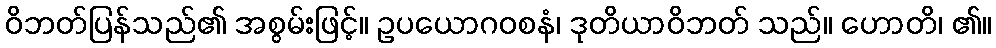
ဝိဘတ်ပြန်သည်၏ အစွမ်းဖြင့်။ ဥပယောဂဝစနံ၊ ဒုတိယာဝိဘတ် သည်။ ဟောတိ၊ ၏။